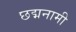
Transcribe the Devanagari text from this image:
छद्मनामी